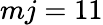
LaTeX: mj=11